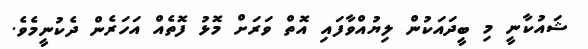
ޝައުކާނީ މި ބީދައަކުން ލިޔުއްވާފައި އޮތް ވަރަށް މޮޅު ފޮތެއް އަހަރެން ދެކުނީމެވެ.